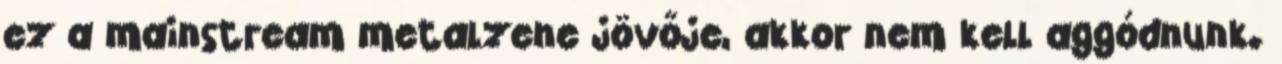
ez a mainstream metalzene jövője, akkor nem kell aggódnunk.